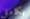
بكامل